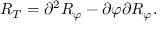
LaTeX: R _ { T } = \partial ^ { 2 } R _ { \varphi } - \partial \varphi \partial R _ { \varphi } .